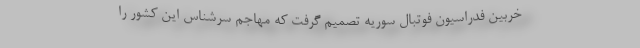
خربین فدراسیون فوتبال سوریه تصمیم گرفت که مهاجم سرشناس این کشور را